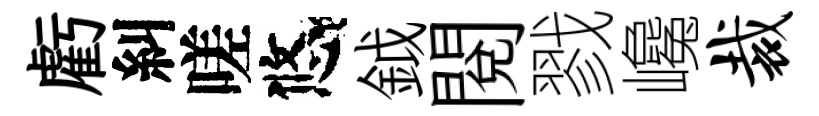
虧糾嗟悠鉞閲戮巉裁